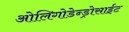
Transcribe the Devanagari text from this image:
ओलिगोडेन्ड्रोसाईट